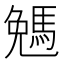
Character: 𠓄